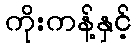
ကိုးကန့်နှင့်